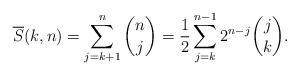
LaTeX: \begin{align*}\overline{S}(k,n) = \sum_{j=k+1}^n \binom{n}{j} = \frac{1}{2} \sum_{j=k}^{n-1} {2^{n-j}}\binom{j}{k} .\end{align*}